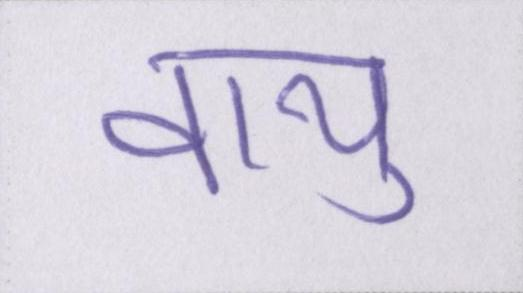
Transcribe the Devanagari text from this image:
वायु